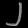
Digit: ၂